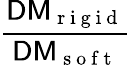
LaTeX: \frac{\textsf{DM}_{\mathrm{~r~i~g~i~d~}}}{\textsf{DM}_{\mathrm{~s~o~f~t~}}}